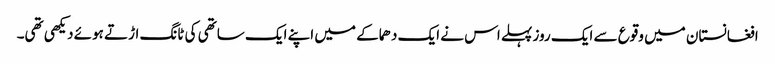
افغانستان میں وقوع سے ایک روز پہلے اس نے ایک دھماکے میں اپنے ایک ساتھی کی ٹانگ اڑتے ہوئے دیکھی تھی۔